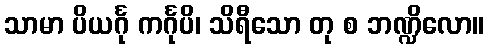
သာမာ ပိယင်္ဂု ကင်္ဂုပိ၊ သိရီသော တု စ ဘဏ္ဍိလော။